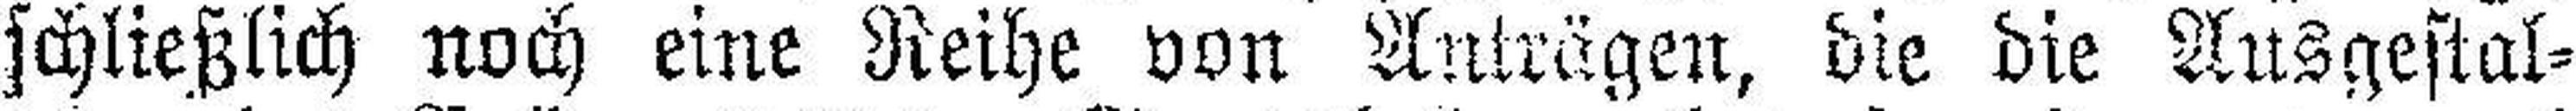
schließlich noch eine Reihe von Anträgen, die die Ausgestal¬